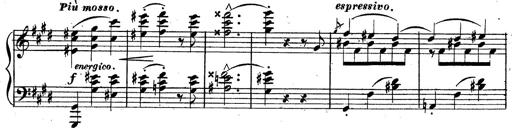
Title: 3 Caprices-Valses
Composer: Franz Liszt